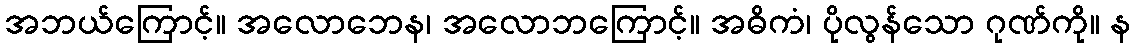
အဘယ်ကြောင့်။ အလောဘေန၊ အလောဘကြောင့်။ အဓိကံ၊ ပိုလွန်သော ဂုဏ်ကို။ န